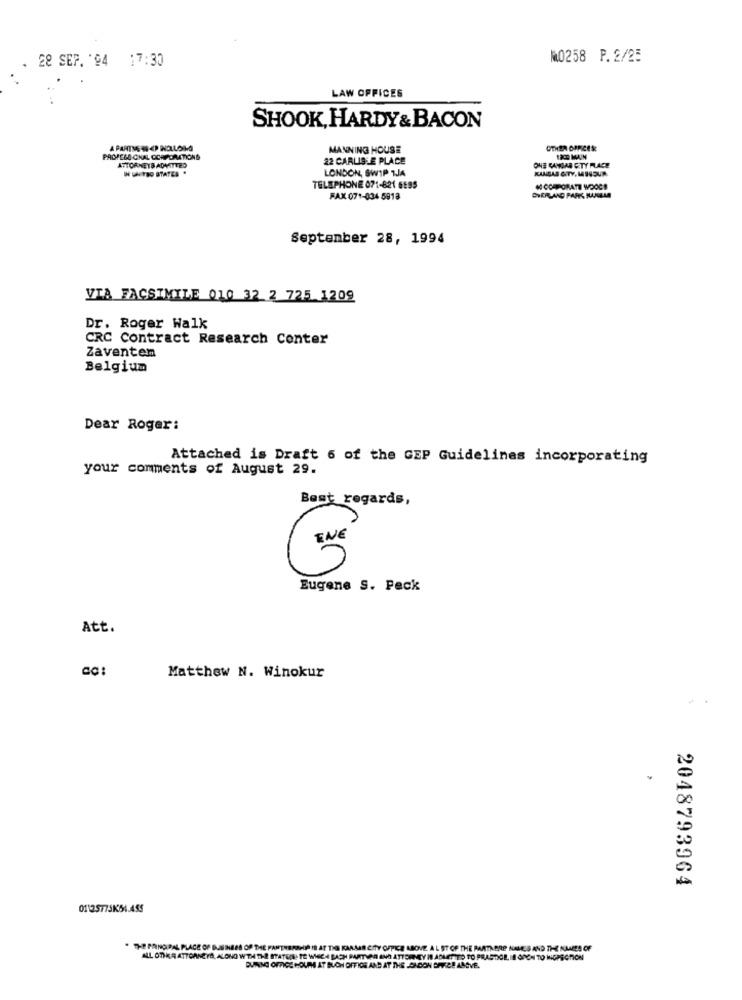
W0258 P. 2/25
28 SEP. '94 17:30
LAW OFFICES
SHOOK, HARDY & BACON
MANNING HOUSE
OTHER OFFICES
PADPELO CHAL CORPORATIONS
22 CARLISLE PLACE
ATTORNEYS ADMITTED
IN UNTRO STATES .
LONDON, SWIP TJA
ONE CAMAMA CITY PLACE
KANSAS CITY, MIGSUA
TELEPHONE 071-821 GE95
# CORPORATE WOOCE
FAX 071-034 5918
DEERLANG PARKS JUANGLAS
September 28, 1994
VIA FACSIMILE 010 32 2 725 1209
Dr. Roger Walk
CRC Contract Research Center
Zaventem
Belgium
Dear Roger:
Attached is Draft 6 of the GEP Guidelines incorporating
your comments of August 29.
Best regards,
Eugene S. Peck
Att.
Matthew N. Winokur
2048793964
0112577SK54.455
THE PRINCIPAL PLACE OF BUSINESS OF THE PARTNERSHIP IS AT TIG KAAMAS CITY OFFICE ABOVE A L ST OF THE PARTNERP NALES AND THE NAMES OF
ALL OTIKA ATTORNEYA, ALONG WITH THE STATIONTE WHICH BACH PARTIVAR AND ATTORNEY IS ADALET TO TO PRACTICE, IN GOGH TO HEPSICTION
DURING OFFICE HOURS AT BUON OFFICE AND AT THE LONDON OFFICE ABOVE.